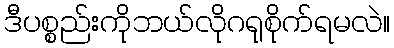
ဒီပစ္စည်းကိုဘယ်လိုဂရုစိုက်ရမလဲ။